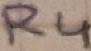
Text: R4